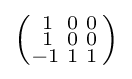
\left({\begin{smallmatrix}1&0&0\\1&0&0\\\!-1&1&1\end{smallmatrix}}\right)